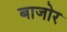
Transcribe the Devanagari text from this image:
बाजोर